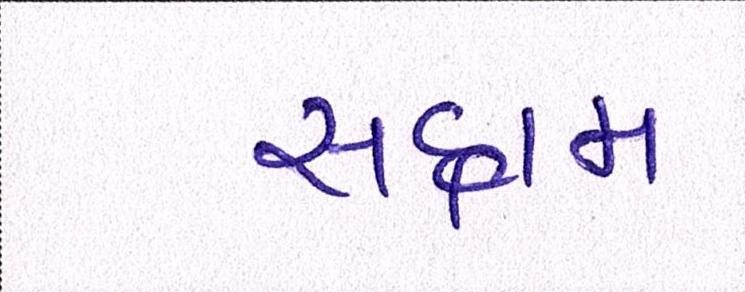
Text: સદ્દામ